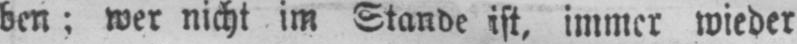
ben;wer nicht im Stande ist, immer wieder